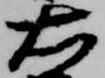
右